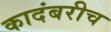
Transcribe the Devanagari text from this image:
कादंबरीच